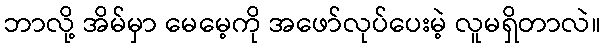
ဘာလို့ အိမ်မှာ မေမေ့ကို အဖော်လုပ်ပေးမဲ့ လူမရှိတာလဲ။